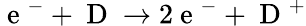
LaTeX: \mathrm{~e~}^{-}+\mathrm{~D~}\rightarrow 2\mathrm{~e~}^{-}+\mathrm{~D~}^{+}